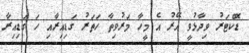
ޑޮކްޓަރު ވިދާޅުވީ އޭރު އެ މީހާ މަރުވިތާ ހަތަރު ގަޑިއިރާއި ހަ ގަޑިއިރާ